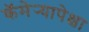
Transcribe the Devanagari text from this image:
कॅमेर्‍यापेक्षा